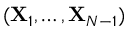
( { \mathbf { X } } _ { 1 } , \ldots , { \mathbf { X } } _ { N - 1 } )